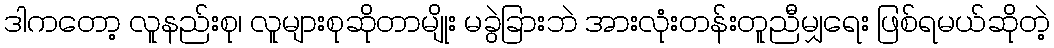
ဒါကတော့ လူနည်းစု၊ လူများစုဆိုတာမျိုး မခွဲခြားဘဲ အားလုံးတန်းတူညီမျှရေး ဖြစ်ရမယ်ဆိုတဲ့